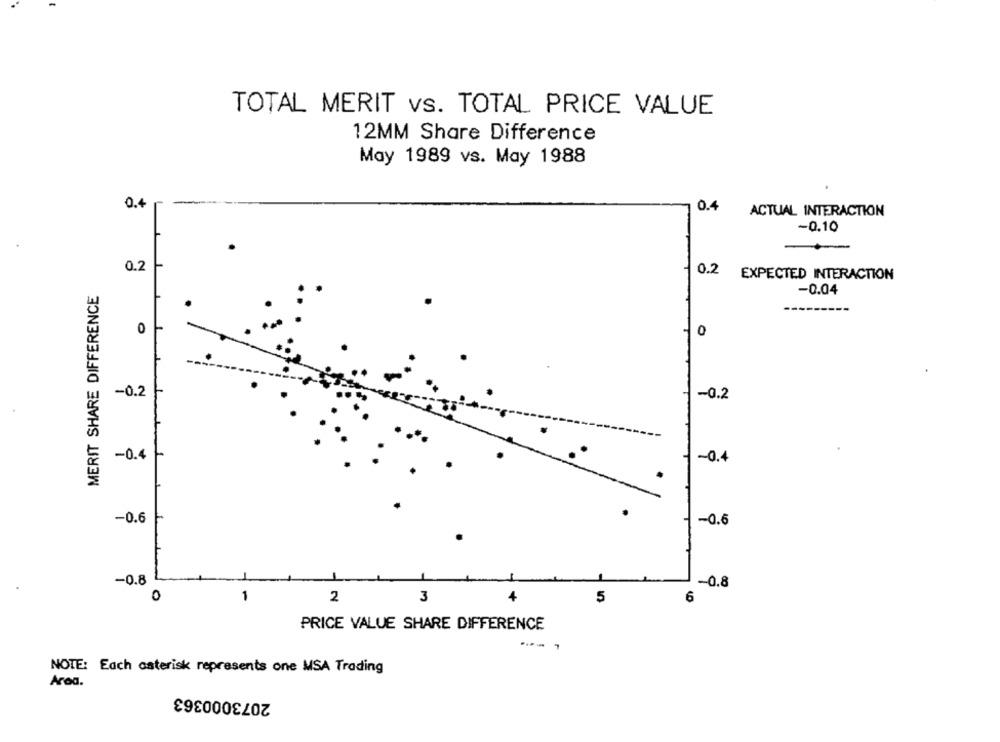
TOTAL MERIT vs. TOTAL PRICE VALUE
12MM Share Difference
May 1989 vs. May 1988
0.4
0.4
ACTUAL INTERACTION
-0.10
-
0.2 -
0.2 EXPECTED INTERACTION
MERIT SHARE DIFFERENCE
-0.04
0
0
-0.2
-0.2
-0.4
-0.4
-0.6
-0.6
L
-0.8
-0.8
0
1
2
3
5
6
PRICE VALUE SHARE DIFFERENCE
--
NOTE: Each asterisk represents one MSA Trading
Aroa.
2073000363